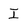
Character: I